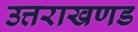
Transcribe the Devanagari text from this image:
उत्तराखणड